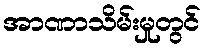
အာဏာသိမ်းမှုတွင်